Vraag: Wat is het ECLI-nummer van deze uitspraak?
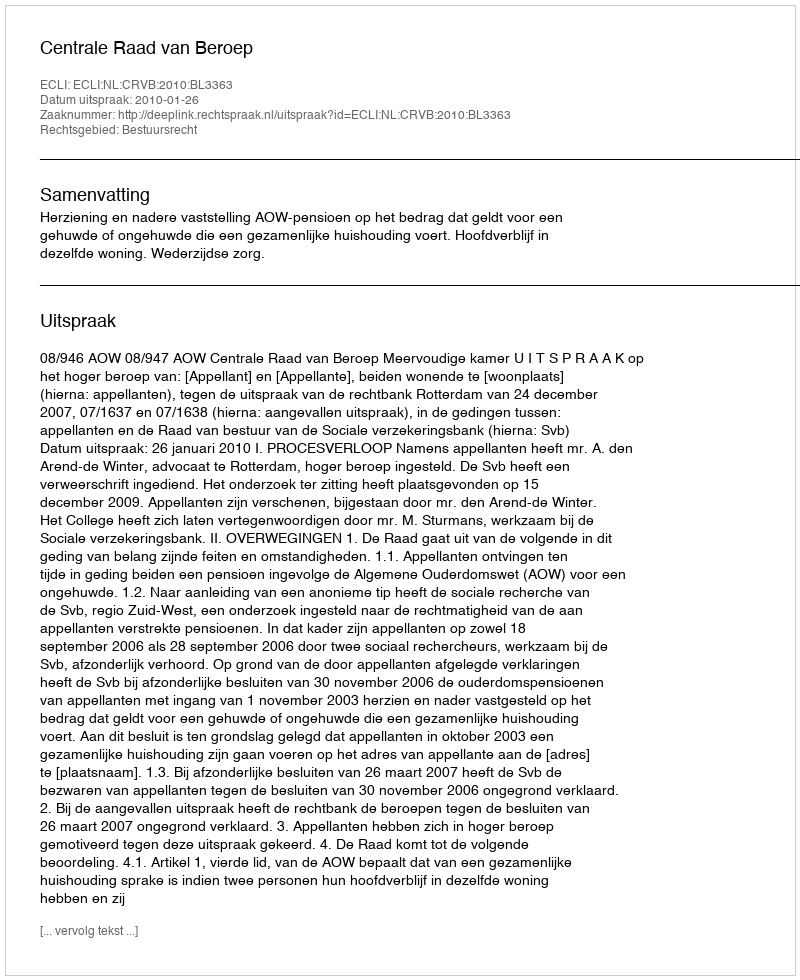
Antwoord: ECLI:NL:CRVB:2010:BL3363